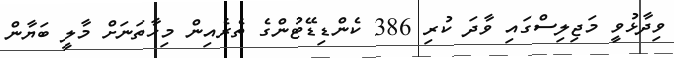
ވިދާޅުވީ މަޖިލިސްގައި ވާދަ ކުރި 386 ކެންޑިޑޭޓުންގެ ތެރެއިން މިހާތަނަށް މާލީ ބަޔާން